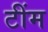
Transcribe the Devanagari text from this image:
टींम